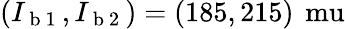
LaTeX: (I_{\mathrm{~b~1~}},I_{\mathrm{~b~2~}})=(185,215)\, \mathrm{\ mu}